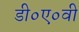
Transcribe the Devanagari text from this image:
डी०ए०वी